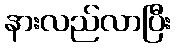
နားလည်လာပြီး